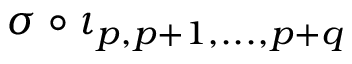
\sigma \circ \iota _ { p , p + 1 , . . . , p + q }